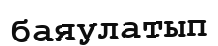
баяулатып